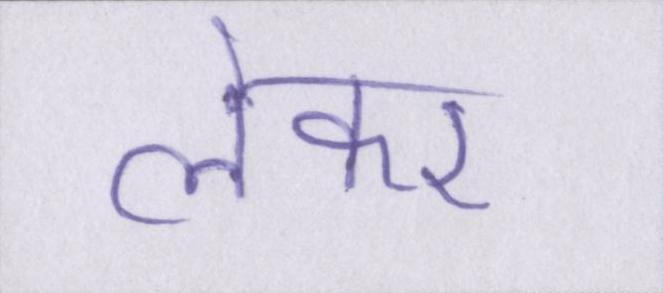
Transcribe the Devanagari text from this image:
लेकर